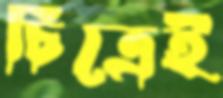
চিত্রেই